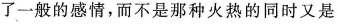
了一般的感情，而不是那种火热的同时又是